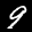
Digit: 9